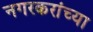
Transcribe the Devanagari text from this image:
नगरकरांच्या